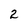
Character: 2